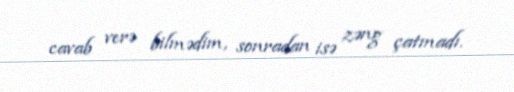
cavab verə bilmədim, sonradan isə zəng çatmadı.